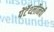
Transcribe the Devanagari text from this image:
पेंटॅथ्लॉनची